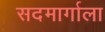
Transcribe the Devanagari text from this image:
सदमार्गाला